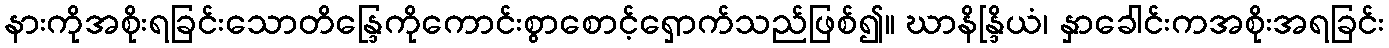
နားကိုအစိုးရခြင်းသောတိန္ဒြေကိုကောင်းစွာစောင့်ရှောက်သည်ဖြစ်၍။ ဃာနိန္ဒြိယံ၊ နှာခေါင်းကအစိုးအရခြင်း